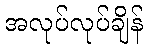
အလုပ်လုပ်ချိန်